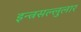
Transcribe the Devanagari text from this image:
इन्त्रसल्लुलार